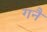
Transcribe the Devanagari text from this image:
गनै